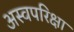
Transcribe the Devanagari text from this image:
अस्वपरिक्षा